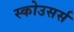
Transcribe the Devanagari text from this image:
स्कोउसर्स